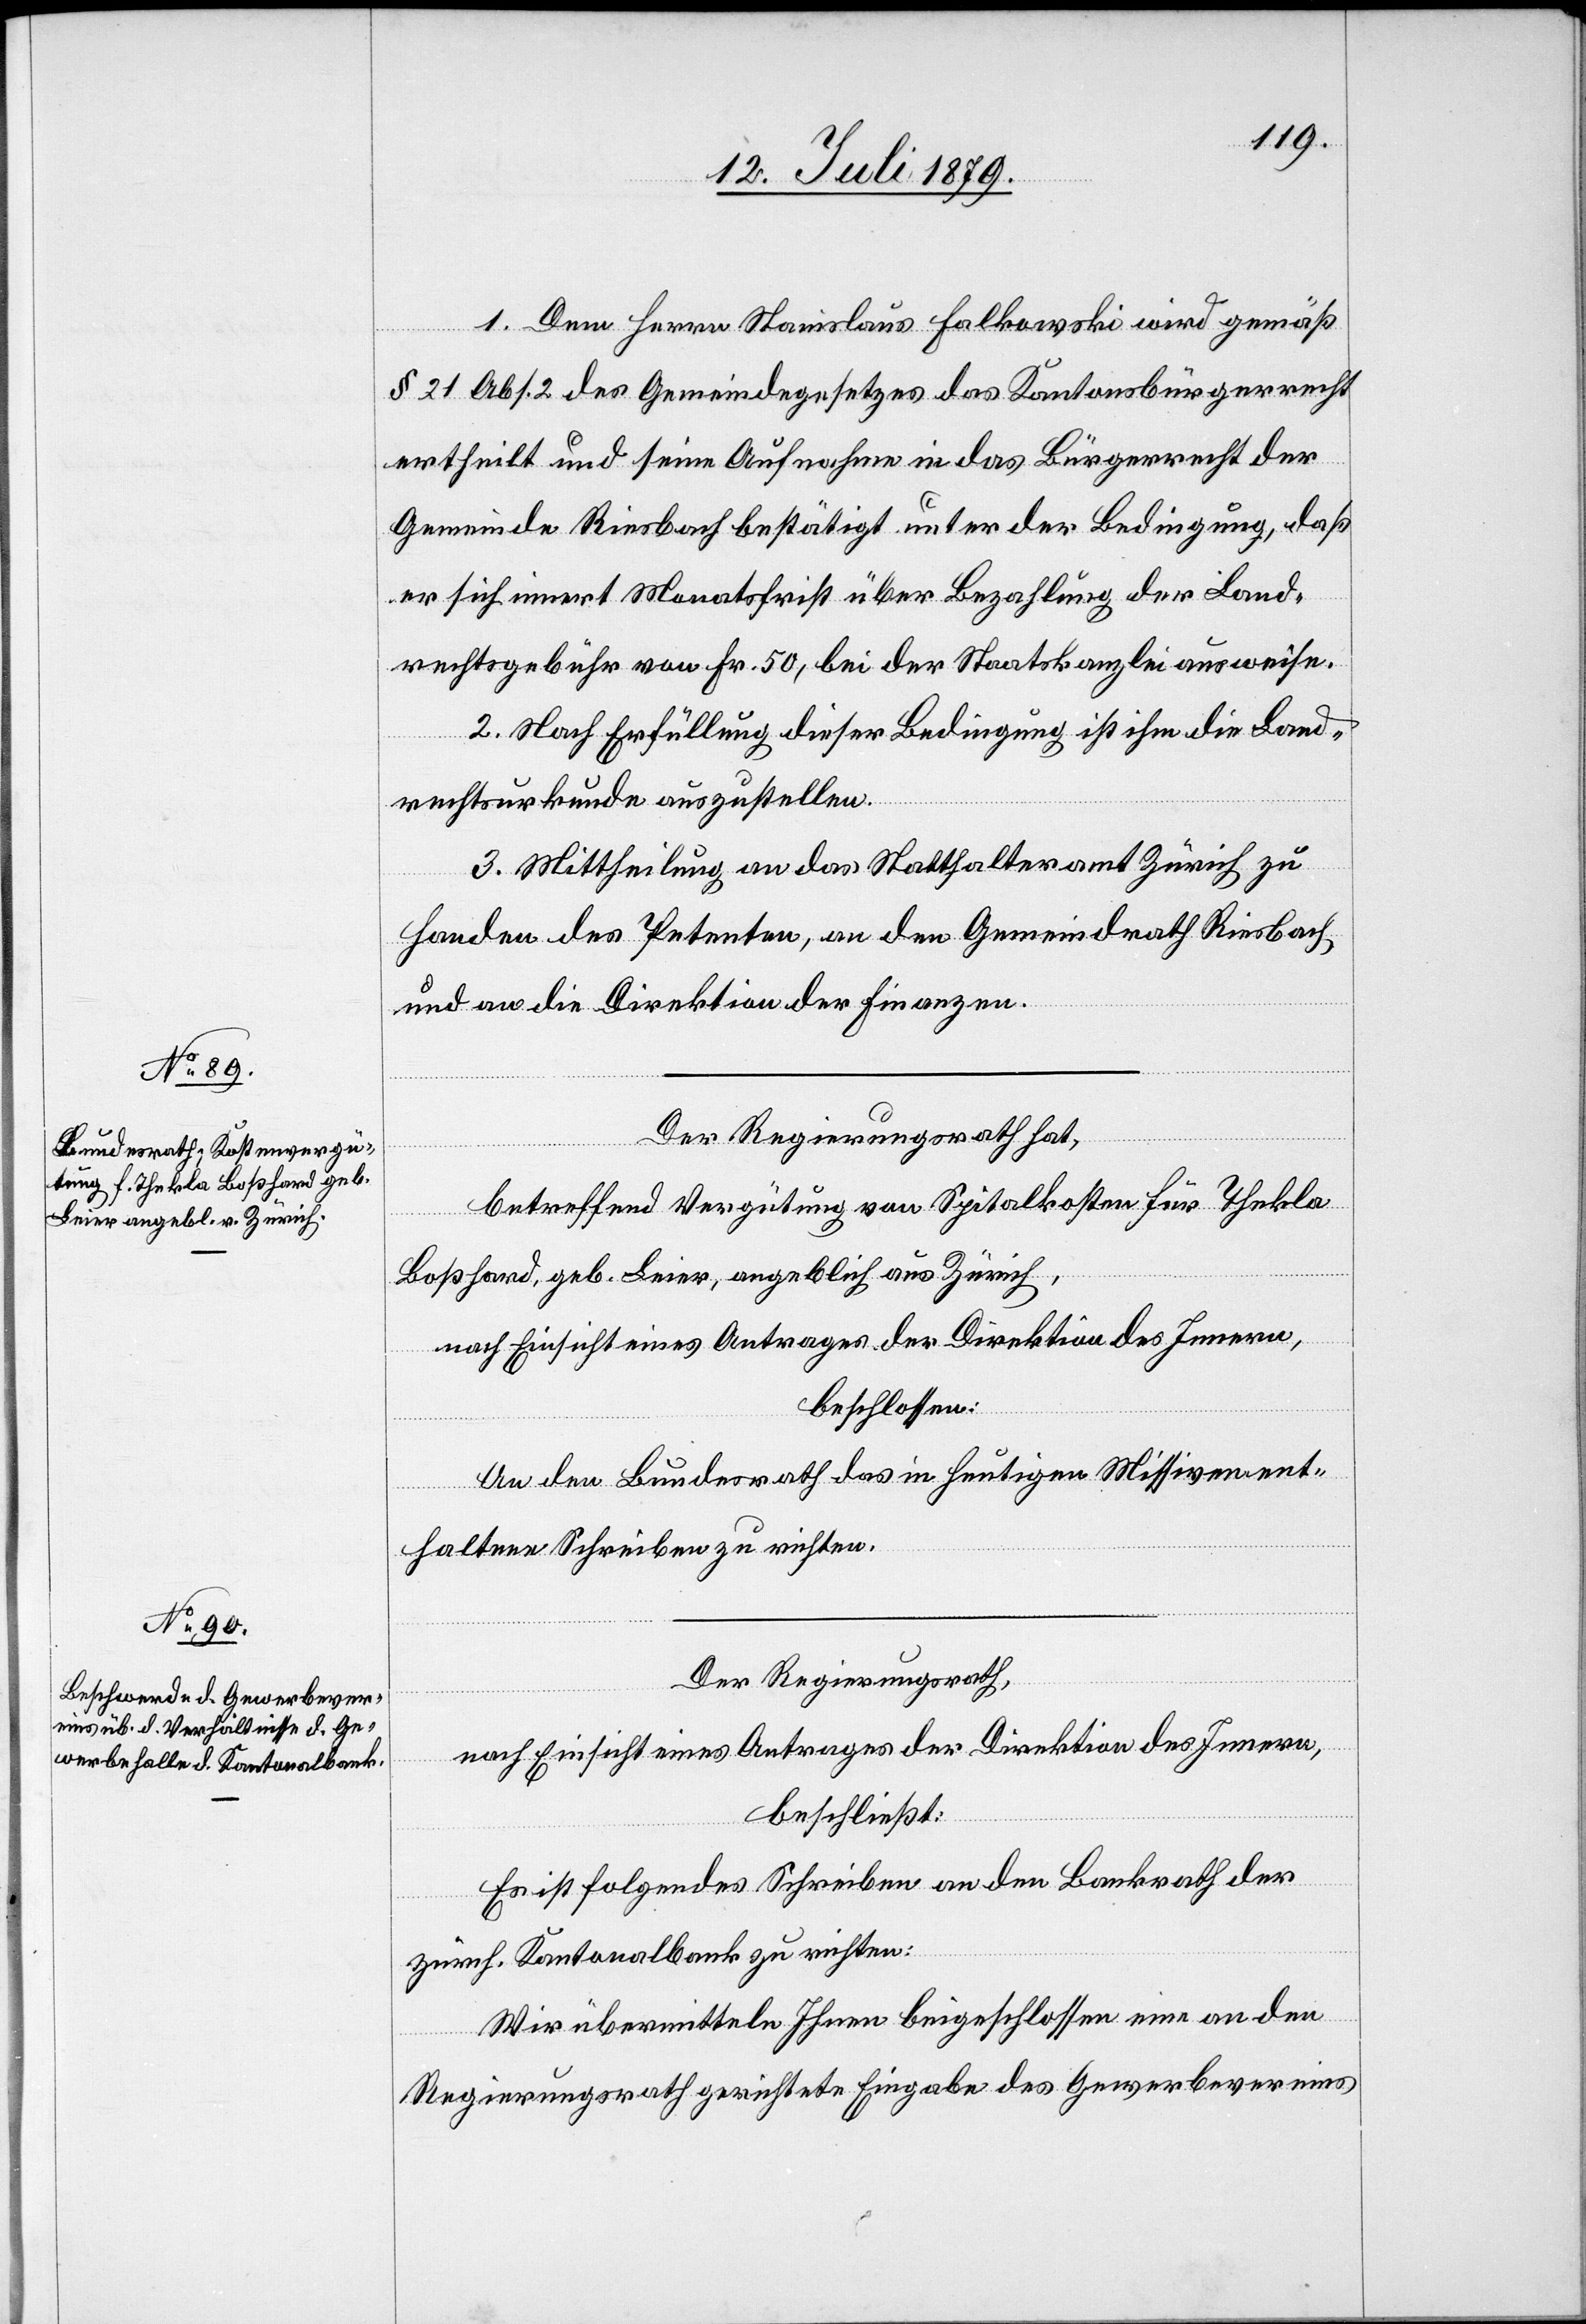
1. Dem Herrn Stanislaus Falkowski wird gemäß
§ 21 Abs. 2 des Gemeindegesetzes das Kantonsbürgerrecht
ertheilt und seine Aufnahme in das Bürgerrecht der
Gemeinde Riesbach bestätigt unter der Bedingung, daß
er sich innert Monatsfrist über Bezahlung der Land¬
rechtsgebühr von Fr. 50, bei der Staatskanzlei ausweise.
2. Nach Erfüllung dieser Bedingung ist ihm die Land¬
rechtsurkunde auszustellen.
3. Mittheilung an das Statthalteramt Zürich zu
Handen des Petenten, an den Gemeindrath Riesbach
und an die Direktion der Finanzen.
Der Regierungsrath hat,
betreffend Vergütung von Spitalkosten für Thekla
Boßhard, geb. Leier, angeblich aus Zürich,
nach Einsicht eines Antrages der Direktion des Innern,
beschlossen:
An den Bundesrath das in heutigen Missiven ent¬
haltene Schreiben zu richten.
Der Regierungsrath,
nach Einsicht eines Antrages der Direktion des Innern,
beschließt:
Es ist folgendes Schreiben an den Bankrath der
zürch. Kantonalbank zu richten:
Wir übermitteln Ihnen beigeschlossen eine an den
Regierungsrath gerichtete Eingabe des Gewerbevereins